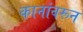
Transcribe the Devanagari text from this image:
कानांवरून